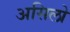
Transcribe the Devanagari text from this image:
असिलो